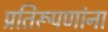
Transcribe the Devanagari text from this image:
प्रतिरूपणांना